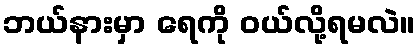
ဘယ်နားမှာ ရေကို ဝယ်လို့ရမလဲ။